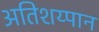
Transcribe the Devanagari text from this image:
अतिशय्पान